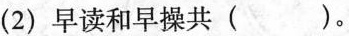
(2)早读和早操共( )。